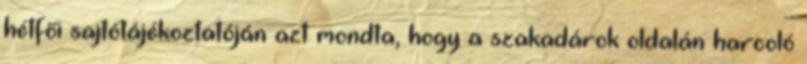
hétfői sajtótájékoztatóján azt mondta, hogy a szakadárok oldalán harcoló